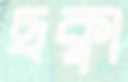
ছক্বা